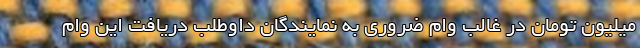
میلیون تومان در غالب وام ضروری به نمایندگان داوطلب دریافت این وام